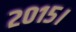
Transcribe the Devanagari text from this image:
२०१५।